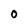
Character: O